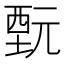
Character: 𲁋